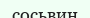
сосьвин